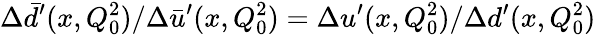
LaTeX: \Delta\bar{d}^{\prime}(x,Q_{0}^{2})/\Delta\bar{u}^{\prime}(x,Q_{0}^{2})=\Delta u^{\prime}(x,Q_{0}^{2})/\Delta d^{\prime}(x,Q_{0}^{2})